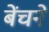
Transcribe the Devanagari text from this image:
बेंचनें